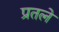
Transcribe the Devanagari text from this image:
प्रतले